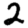
Digit: 2